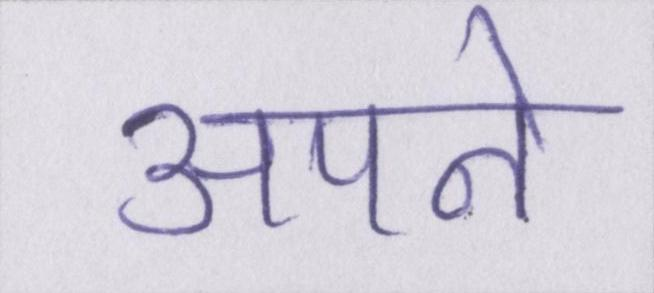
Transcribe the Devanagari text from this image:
अपने